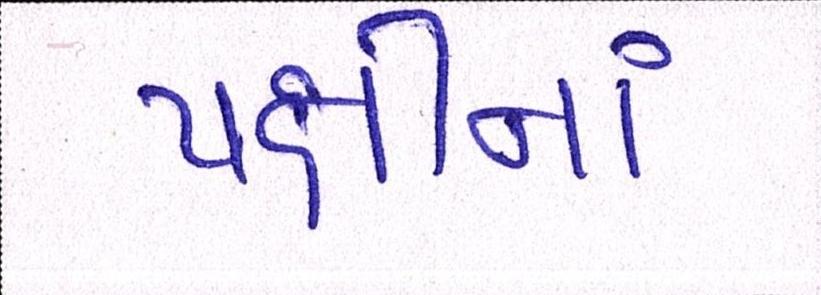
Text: પક્ષીનાં